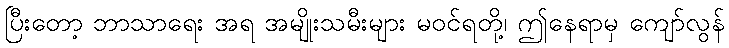
ပြီးတော့ ဘာသာရေး အရ အမျိုးသမီးများ မဝင်ရတို့၊ ဤနေရာမှ ကျော်လွန်